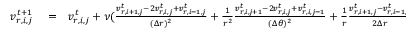
\begin{array} { r l r } { v _ { r , i , j } ^ { t + 1 } } & { { } = } & { v _ { r , i , j } ^ { t } + \nu ( \frac { v _ { r , i + 1 , j } ^ { t } - 2 v _ { r , i , j } ^ { t } + v _ { r , i - 1 , j } ^ { t } } { ( \Delta r ) ^ { 2 } } + \frac { 1 } { r ^ { 2 } } \frac { v _ { r , i , j + 1 } ^ { t } - 2 v _ { r , i , j } ^ { t } + v _ { r , i , j - 1 } ^ { t } } { ( \Delta \theta ) ^ { 2 } } + \frac { 1 } { r } \frac { v _ { r , i + 1 , j } ^ { t } - v _ { r , i - 1 , j } ^ { t } } { 2 \Delta r } } \end{array}